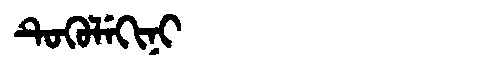
Manchu: ᡨᡠᡴᡠᠯᡝᡴᡳᠨᡳ
Romanization: TUKULEKINI